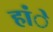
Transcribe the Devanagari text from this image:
हांे